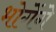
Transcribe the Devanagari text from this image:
भोगेंगे